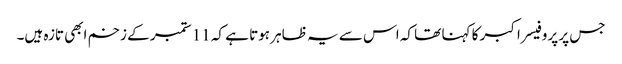
جس پر پروفیسر اکبر کا کہنا تھا کہ اس سے یہ ظاہر ہوتا ہے کہ 11 ستمبر کے زخم ابھی تازہ ہیں۔